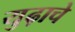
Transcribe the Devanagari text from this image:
युढ़ाचे